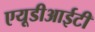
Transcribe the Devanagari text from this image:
एयूडीआईटी